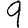
Digit: 9